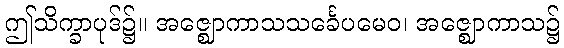
ဤသိက္ခာပုဒ်၌။ အဇ္ဈောကာသသင်္ခေပမေဝ၊ အဇ္ဈောကာသ၌